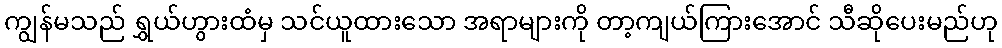
ကျွန်မသည် ရွှယ်ဟွားထံမှ သင်ယူထားသော အရာများကို တာ့ကျယ်ကြားအောင် သီဆိုပေးမည်ဟု